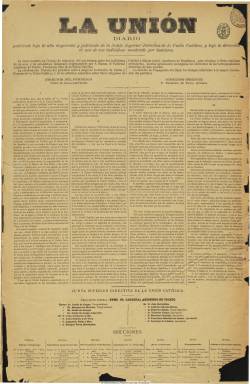
Título: La Unión (Madrid. 1882)
Colección: Periódicos
Ámbito geográfico: Madrid
Lugar de publicación: Madrid
Fechas: 02/01/1882-08/10/1887

Aparece el dos de enero de 1882, como órgano oficial del recién constituido partido Unión Católica, inspirado por Alejandro Pidal y Mon (1846-1913) y presidido por el arzobispo-cardenal de Toledo, Juan Ignacio Moreno y Maisanove (1817-1884). Considerado como la continuación de los periódicos La España católica (1874-1875), La España (1876), El español y, en concreto, El fénix (1879-1884), que hasta entonces Pidal y Mon había también inspirado, como “banderín de enganche” para la incorporación al sistema de la Restauración de los sectores neocatólicos tras el final de la tercera guerra carlista. Será un grupo político con fines electorales, en el que se agrupa el ultratradicionalismo posibilista español, y en el que los obispos ejercerán de jefes en cada una de sus diócesis, y que en enero de 1884, por indicación de León XIII, terminará incorporándose al Partido Liberal Conservador liderado por Antonio Cánovas del Castillo.

Se trata de un diario caracterizado por su defensa a ultranza de la doctrina oficial de la iglesia y su sumisión al episcopado y al papado (Hibbs-Lissorgues, 1995), y de la “monarquía católica”. El grupo político que lo sustenta, es dirigido, además de los ya citados Pidal y cardenal primado, por los condes de Orgaz, de Canga-Argüelles y de Guaqui, por el marqués de Olivart, y por Ceferino Suárez Bravo (1824-1896), que integran su Consejo de Redacción. En torno al mismo confluye también un grupo de intelectuales católicos, como José María Quadrado (1819-1896), Manuel Cañete (1822-1891), Gumersindo Laverde Ruiz (1835-1890), Vicente de la Fuente y Bueno, Manuel Pérez Villamil (1849-1917), Marcelino Menéndez Pidal (1869-1968), Juan Manuel Orti y Lara (1826-1904), Aureliano Fernández Guerra (1816-1891) o José Selgas Carrasco (1822-1882). Damián Isern y Marcó (1852-1914), llegará a ser su director y su propietario “industrial” efectivo será Manuel María de Santa Ana (1820-1894). Será publicado bajo la alta inspección y patronato de la Junta Directiva de la Unión Católica.

Su estructura formal es la común a los diario de la época, de cuatro páginas, a cuatro columnas y después a cinco, que no sale los domingos, y que comienza generalmente con una artículo doctrinal, contrario a la libertad de cultos o al matrimonio civil o en defensa de la confesionalidad del Estado y, en definitiva, como aliado del canovismo, profundamente conservador, pero distante del carlismo y del integrismo, con el que mantendrá serias disputas, especialmente con sus órganos de expresión, como eran El siglo futuro, El correo catalán o El diario de Sevilla; además de las que mantiene con los propios liberales.

Además difundirá, a través de los documentos episcopales y papales, la doctrina católica oficial, pero también cuenta con una crónica política del día y otra extranjera, secciones de noticias, de Madrid,  de provincias y de última hora a través de telegramas, y secciones de comercio, bolsa o espectáculos, o revistas científica o de prensa (a la que denomina Recortes). Incluye además un folletín, generalmente traducido del francés o del inglés, y los anuncios publicitarios llegan a ocupar totalmente su última plana.

Carecía de subtítulo, pero a partir del cuatro de marzo de 1887 adopta el de “diario católico-monárquico” e inicia una segunda época, al cambiar de propietario, pero manteniendo el mismo Consejo de Redacción, al mismo director y las mismas opiniones, como “defensor de la Iglesia, de la Patria y de la Monarquía”, y a partir de aquí comienza a incluir, en lugar del folletín, un “Boletín oficial del clero”. Se llega a denominar también en su cabecera como “eco del episcopado, de la prensa católica y de La correspondencia de España”, pues su nuevo propietario era el mismo que el de este periódico, y el seis de junio el consejo de redacción, su director –Isern- y algunos redactores se separan y empiezan a publicar el nuevo diario La unión católica (1887-1899).

Por su parte, La unión, el uno de agosto modifica de nuevo su subtítulo a “diario político de noticias” e inicia su tercera y última época, al pasar su propiedad a Francisco Javier de Betegón y Aparici (1860-1919), que asume también la dirección, declarándose abiertamente defensor del canovismo. Y el tres de septiembre lo modifica de nuevo para subtitularse “diario liberal-conservador”. Después de seis años en publicación y aparecer su número 1.763, el ocho de octubre de 1887, anuncia que al día siguiente aparecerá en su sustitución el diario La monarquía (1887-1890), con una nueva empresa editorial y una nueva redacción, y continuando con su defensa del canovismo.